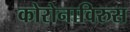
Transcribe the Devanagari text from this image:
कोरोनाविरुस